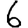
Digit: 6